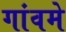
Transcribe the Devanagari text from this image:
गांवमे